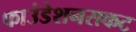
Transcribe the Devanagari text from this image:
फाउंडेशनसकट